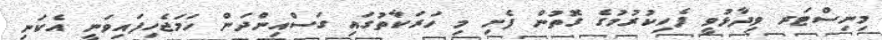
މިނިސްޓަރ ވިދާޅުވީ ފެހިކުރުމުގެ ގޮތުން ފެށި މި ހަރަކާތުގައި ގަސްއިންދަން ހަމަޖެހިފައިވަނީ އެކަނި